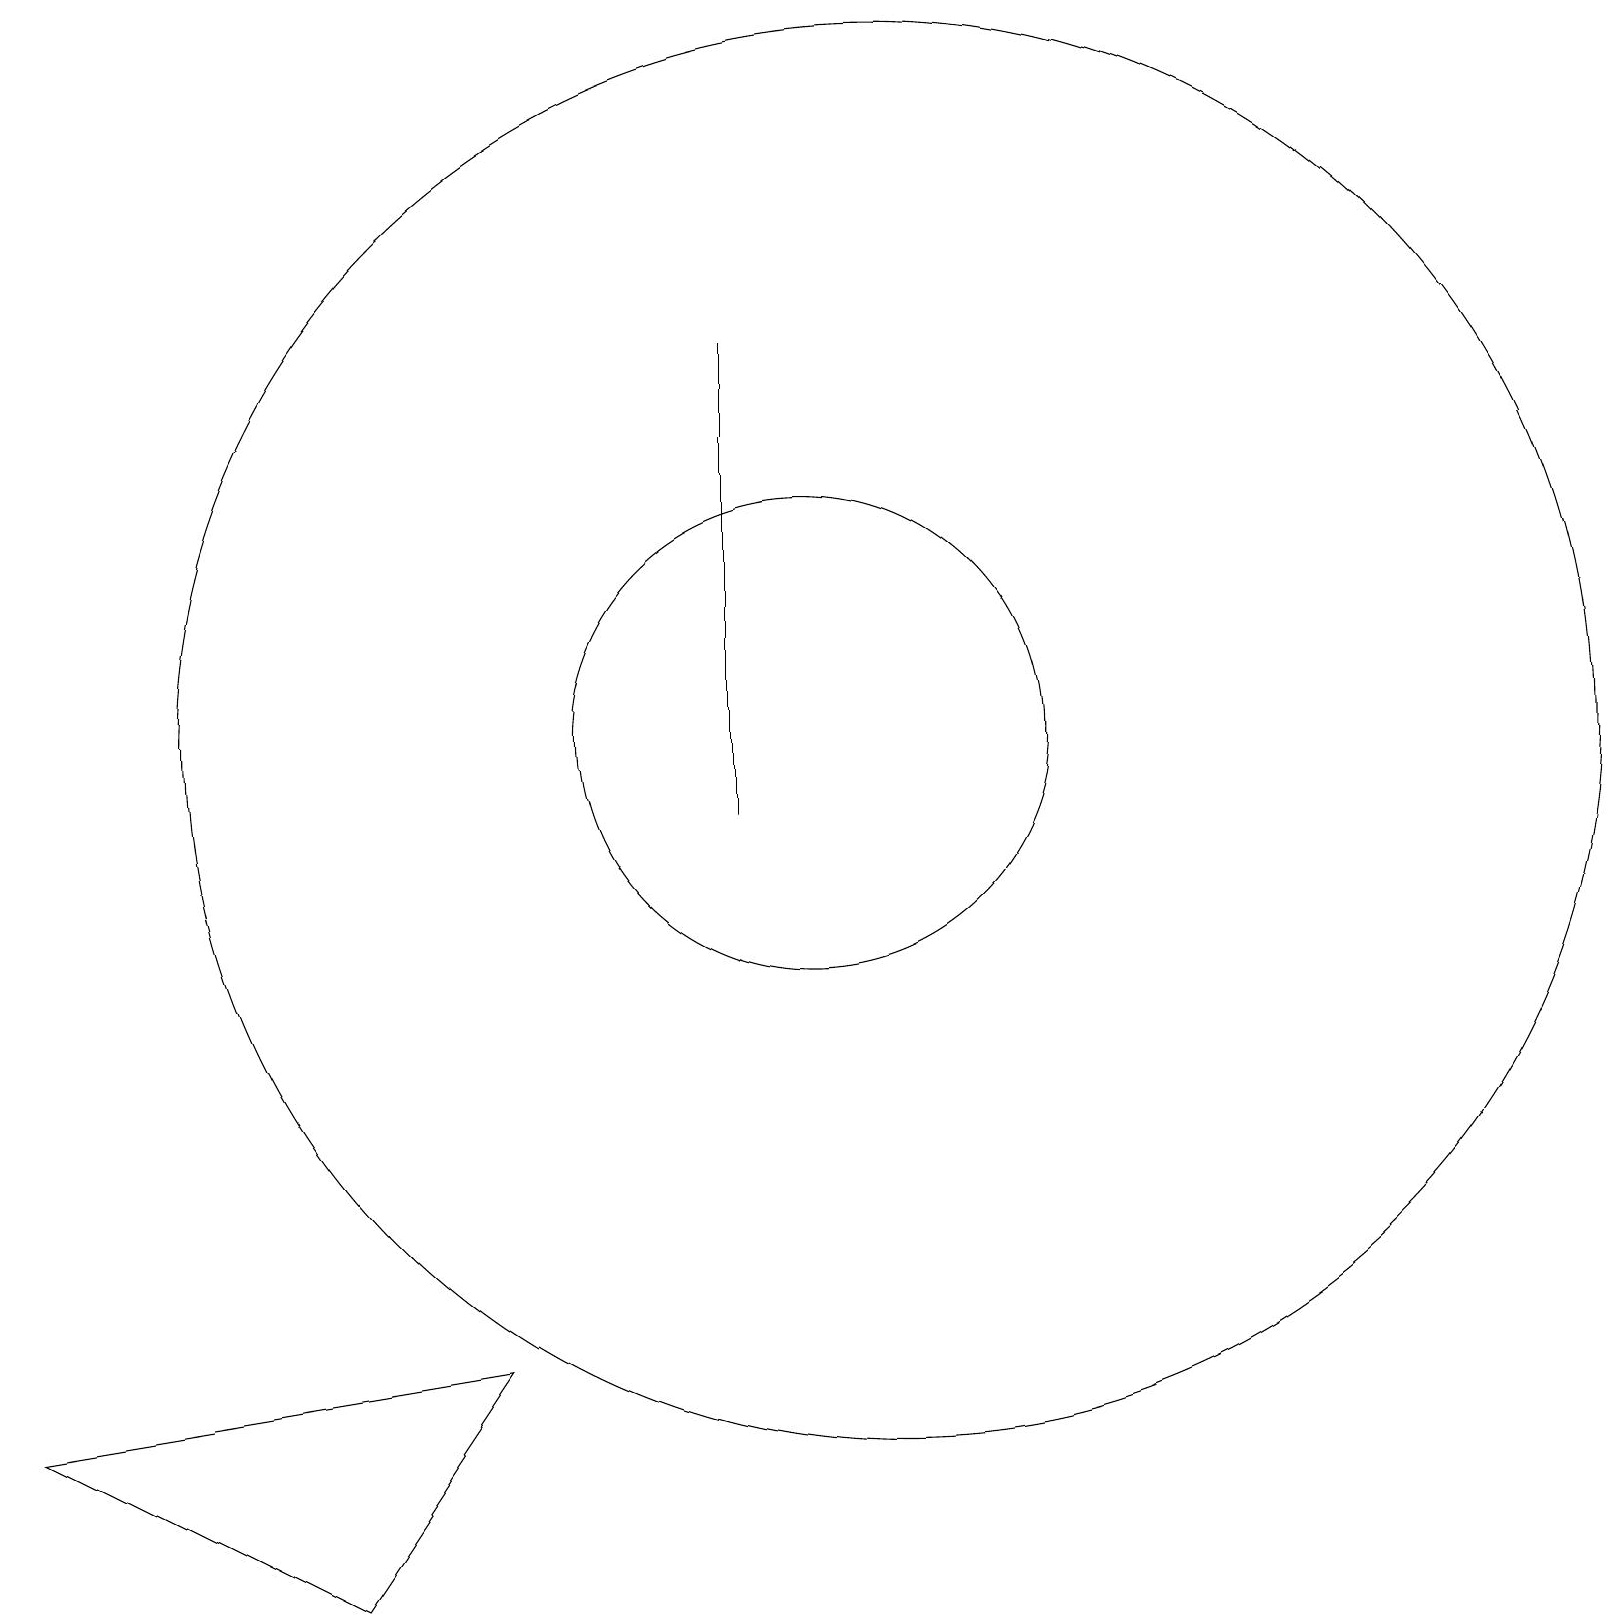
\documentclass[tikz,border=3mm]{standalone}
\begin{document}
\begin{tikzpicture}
\draw (10,11) circle (3);
\draw (9,10) rectangle (9,16);
\draw (11,11) circle (9);
\draw (6,3) -- (0,2) -- (4,0) -- cycle;
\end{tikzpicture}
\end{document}